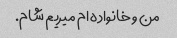
من و خانواده ام میریم شام.